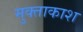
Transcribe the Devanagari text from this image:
मुक्ताकाश